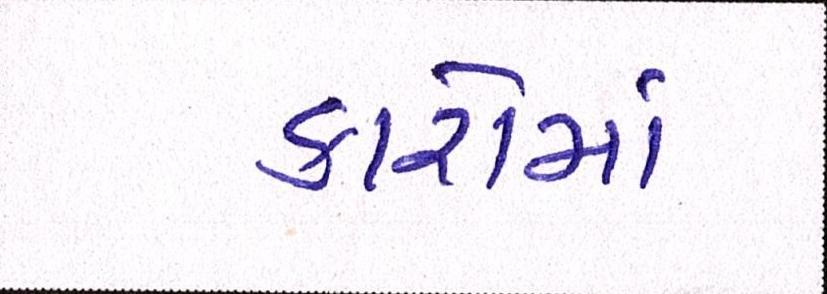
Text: કારોમાં